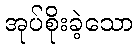
အုပ်စိုးခဲ့သော